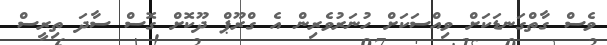
ވެސް ގާތްގަނޑަކަށް ވިއްސަކަށް ހުނަރުވެރިން އެ ގްރޫޕް ދޫކޮށް ގޮސް ސާދަ ތިރީސް